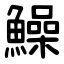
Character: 鱢